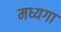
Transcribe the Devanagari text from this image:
मध्यगा